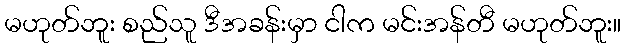
မဟုတ်ဘူး စည်သူ ဒီအခန်းမှာ ငါက မင်းအန်တီ မဟုတ်ဘူး။